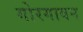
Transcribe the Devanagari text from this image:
गोरगावन